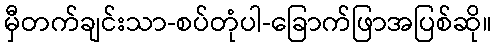
မှီတက်ချင်းသာ-စပ်တုံပါ-ခြောက်ဖြာအပြစ်ဆို။